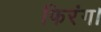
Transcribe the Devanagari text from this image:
फिरंग।